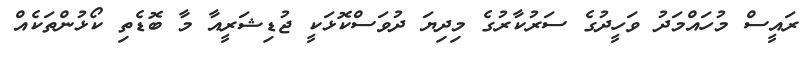
ރައީސް މުހައްމަދު ވަހީދުގެ ސަރުކާރުގެ މިދިޔަ ދުވަސްކޮޅަކީ ޖުޑިޝަރީއާ މާ ބޮޑެތި ކޯޅުންތަކެއް